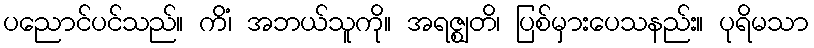
ပညောင်ပင်သည်။ ကိံ၊ အဘယ်သူကို။ အရဇ္ဈတိ၊ ပြစ်မှားပေသနည်း။ ပုရိမသာ